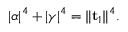
\lvert \alpha \rvert ^ { 4 } + \lvert \gamma \rvert ^ { 4 } = \lVert \mathbf { t } _ { 1 } \rVert ^ { 4 } .